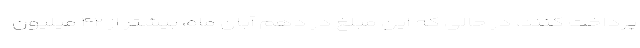
پرداخت کنند، در حالی که این مبلغ در دهم آبان ماه، بیشتر از ۴۲ میلیون